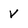
Character: V